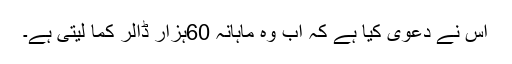
اس نے دعویٰ کیا ہے کہ اب وہ ماہانہ 60ہزار ڈالر کما لیتی ہے۔